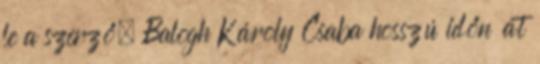
le a szerző. Balogh Károly Csaba hosszú időn át